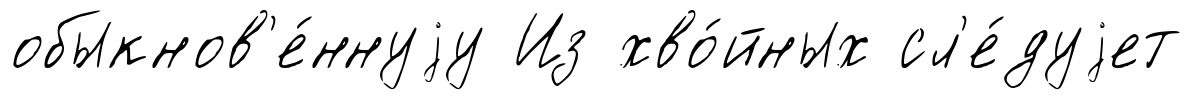
обыкнов'е́ннуjу Из хво́йных сл'е́дуjет